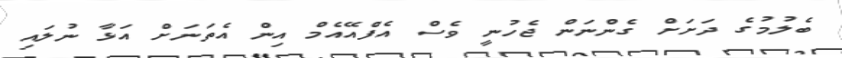
ބެލުމުގެ ދަށަށް ގެންނަން ޖެހުނީ ވެސް އެފްއޭއެމް އިން އެތަނަށް އަޅާ ނުލައި